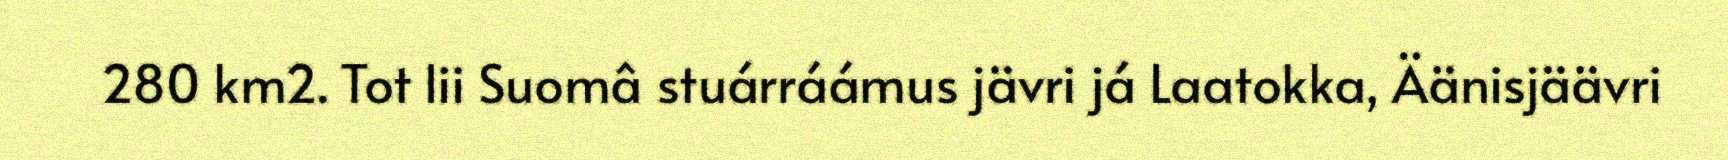
280 km2. Tot lii Suomâ stuárráámus jävri já Laatokka, Äänisjäävri